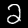
Label: 2